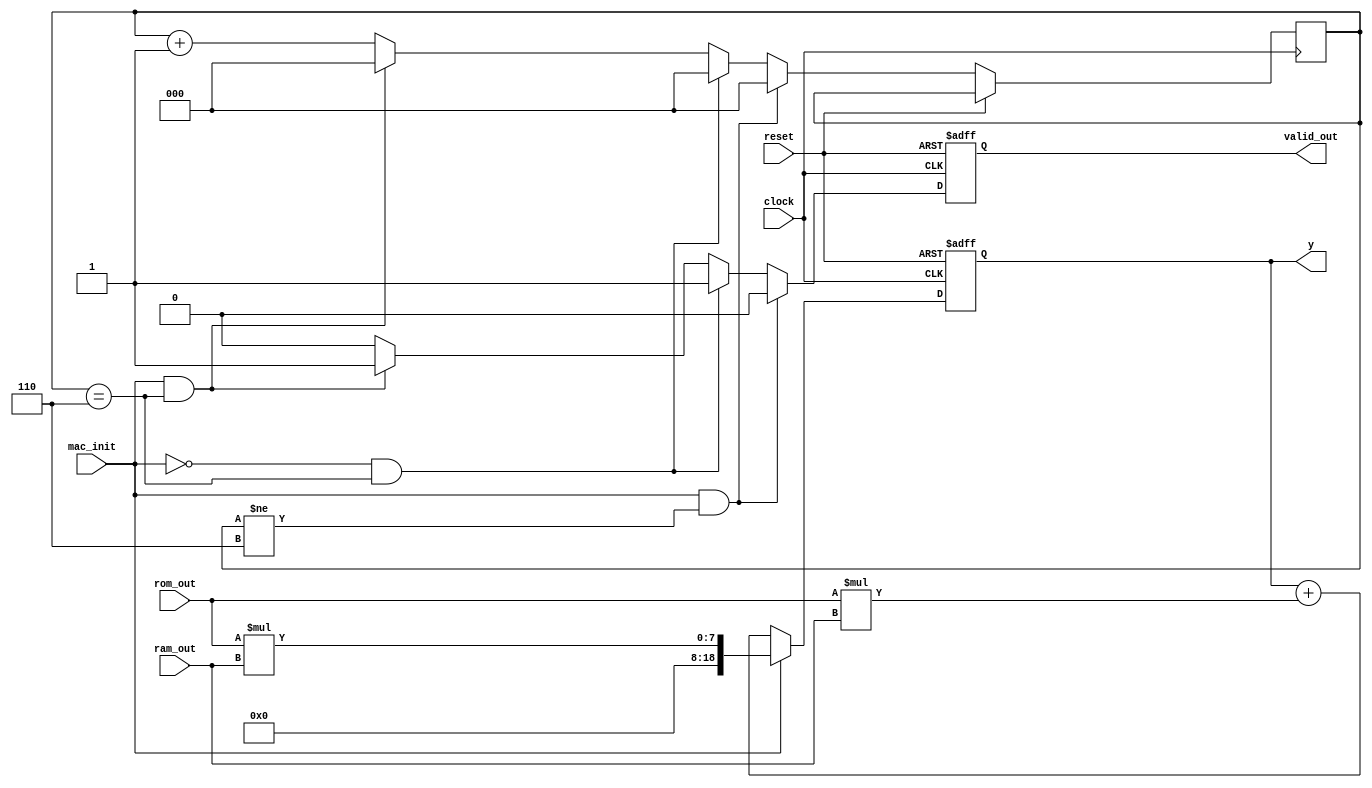
module mac #(parameter data_width = 8)(
  input clock,
  input reset,
  input [data_width-1:0] rom_out,
  input [data_width-1:0] ram_out,
  input mac_init,
  output reg [data_width*2+2:0] y,
  output reg valid_out
); 

reg [data_width*2+2:0] y_temp;
reg [2:0] counter;

initial begin counter = 0; y_temp = 0; end

assign y = y_temp;
always@(posedge clock or posedge reset) begin
  if (reset == 1) y_temp <= 0; 
  else begin 
    if(mac_init == 1) y_temp <= {3'b000,rom_out*ram_out};
    else y_temp <= {y_temp + rom_out*ram_out};
  end
end


always@(posedge clock or posedge reset) begin
  if (reset == 1) valid_out <= 0;  
  else begin 
    if (mac_init == 1 && counter != 6) begin counter <= 0; valid_out <= 0; end 
    else if (mac_init == 0 && counter == 6) begin counter <= 0; valid_out <= 1; end
    else if (mac_init == 1 && counter == 6) begin counter <= 0; valid_out <= 1; end
    else begin counter <= counter + 1; valid_out <= 0; end 
  end
  
end

endmodule